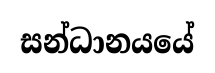
සන්ධානයයේ